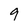
Character: 9